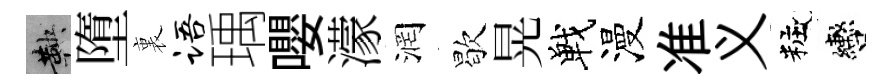
鞅墮裏语瑀嚶濛润歇晃戰漫准义粧轡